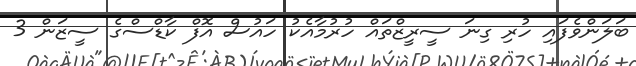
ބަލަންވެފައި ހުރި ގިނަ ސީރީޒްތައް ހުރުމާއެކު ހައުސް އޮފް ކާޑްސްގެ ސީޒަން 3